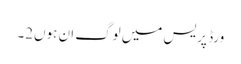
ورڈ پریس میں لوگ ان ہوں2۔